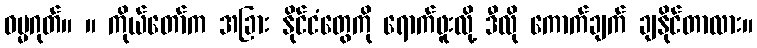
ဓမ္မဂုတ်။ ။ ကိုယ်တော်က အခြား နိုင်ငံတွေကို ရောက်ဖူးလို့ ဒီလို ကောက်ချက် ချနိုင်တာလား။